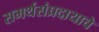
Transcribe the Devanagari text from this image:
समर्थसंप्रदायाचे